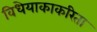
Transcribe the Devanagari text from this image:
विधेयाकाकरिता